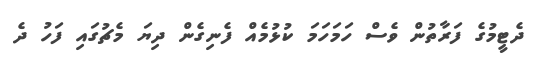
ދެޓީމުގެ ފަރާތުން ވެސް ހަމަހަމަ ކުޅުމެއް ފެނިގެން ދިޔަ މެޗުގައި ފަހު ދެ